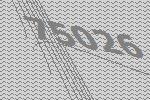
75026